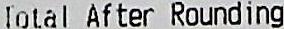
TOTAL AFTER ROUNDING